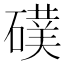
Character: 𮁅